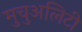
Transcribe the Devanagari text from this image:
मुचुअलिटी